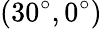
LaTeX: (30^{\circ},0^{\circ})